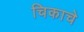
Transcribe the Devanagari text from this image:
चिकाचे